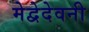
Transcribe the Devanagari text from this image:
मेद्वेदेवनी